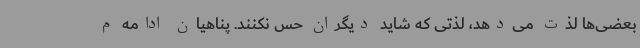
بعضی‌ها لذت می‌دهد، لذتی که شاید دیگران حس نکنند. پناهیان ادامه م